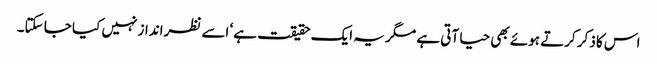
اس کا ذکر کرتے ہوئے بھی حیا آتی ہے مگر یہ ایک حقیقت ہے‘ اسے نظرانداز نہیں کیا جا سکتا۔